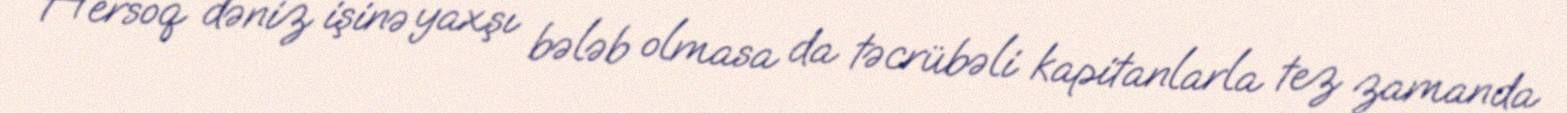
Hersoq dəniz işinə yaxşı bələb olmasa da təcrübəli kapitanlarla tez zamanda